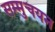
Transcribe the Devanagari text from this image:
सम्मुचयन